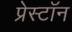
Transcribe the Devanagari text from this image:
प्रेस्टॉन